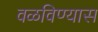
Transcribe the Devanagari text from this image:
वळविण्यास